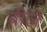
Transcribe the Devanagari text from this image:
बीले